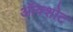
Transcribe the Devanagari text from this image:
ऑक्शोट